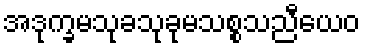
အဒုက္ခမသုခသုခုမသစ္စသညီယေဝ